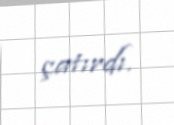
çatırdı.